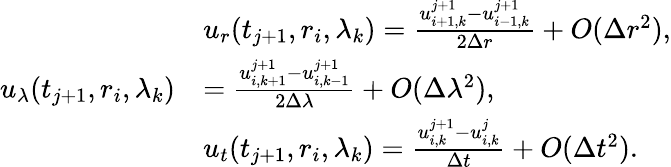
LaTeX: \begin{array}{rl}&{u_{r}(t_{j+1},r_{i},\lambda_{k})=\frac{u_{i+1,k}^{j+1}-u_{i-1,k}^{j+1}}{2\Delta r}+O(\Delta r^{2}),}\\ {u_{\lambda}(t_{j+1},r_{i},\lambda_{k})}&{=\frac{u_{i,k+1}^{j+1}-u_{i,k-1}^{j+1}}{2\Delta\lambda}+O(\Delta\lambda^{2}),}\\ &{u_{t}(t_{j+1},r_{i},\lambda_{k})=\frac{u_{i,k}^{j+1}-u_{i,k}^{j}}{\Delta t}+O(\Delta t^{2}).}\end{array}